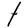
Character: t